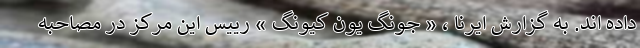
داده اند. به گزارش ایرنا ، « جونگ یون کیونگ » رییس این مرکز در مصاحبه